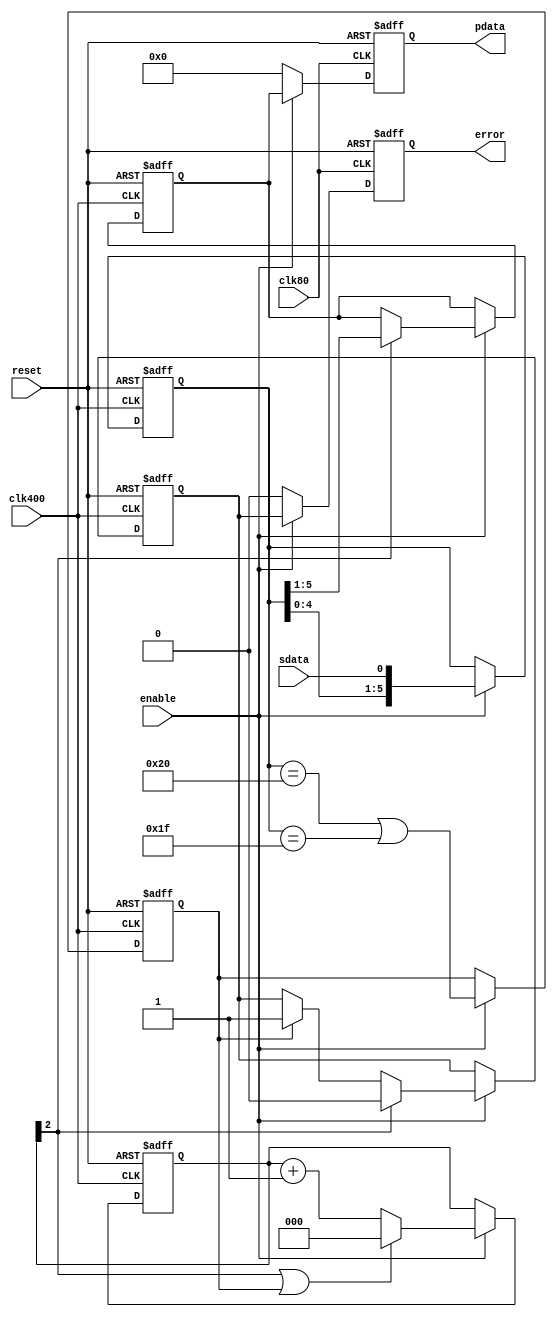
module frame_detector
(
	input clk400,
	input clk80,
	input reset,
	input enable,
	
	input sdata,
	output reg [4:0]pdata,
	output reg error
);
	reg [5:0]s;  // shift register
	reg detect;  // 000001 pattern detected
	reg [2:0]c;  // frame pos counter
	wire sync = c[2]; // periodic frame sync signal
	reg [4:0]p;  // parallel data register
	reg e;       // error flag

	always @(posedge clk400 or posedge reset)
	begin
		if (reset)
		begin
			s <= 0;
			detect <= 0;
			c <= 0;
			p <= 0;
			e <= 0;
		end
		else if (enable)
		begin
			s <= {s[4:0],sdata};
			detect <= (s[5:0] == 6'b100000) || (s[5:0] == 6'b011111);
			if (sync || detect) c <= 3'd0; else c <= c + 3'd1;
			if (sync) p <= s[5:1];
			if (sync) e <= 0; else if (detect) e <= 1;
		end
	end

	always @(posedge clk80 or posedge reset)
	begin
		if (reset)
		begin
			pdata <= 5'd0;
			error <= 0;
		end
		else if (enable)
		begin
			pdata <= p;
			error <= e;
		end
		else
		begin
			pdata <= 5'd0;
			error <= 0;
		end
	end

endmodule